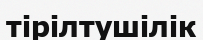
тірілтушілік